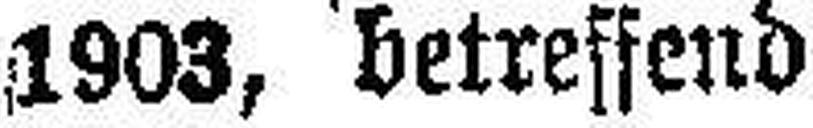
1903, betreffend